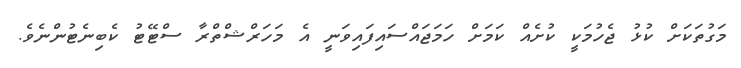
މަގުތަކަށް ކުޅު ޖެހުމަކީ ކުށެއް ކަމަށް ހަމަޖައްސައިފައިވަނީ އެ މަހަރްޝްތްރާ ސްޓޭޓު ކެބިނެޓުންނެވެ.